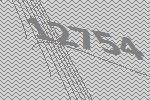
12754